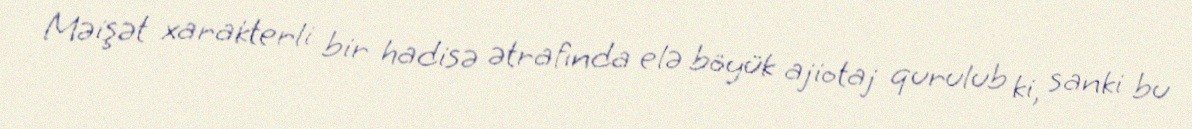
Məişət xarakterli bir hadisə ətrafında elə böyük ajiotaj qurulub ki, sanki bu